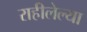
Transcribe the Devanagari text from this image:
राहीलेल्‍या